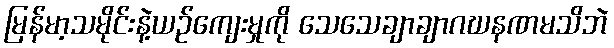
မြန်မာ့သမိုင်းနဲ့ယဉ်ကျေးမှုကို သေသေချာချာဂဃနဏမသိဘဲ